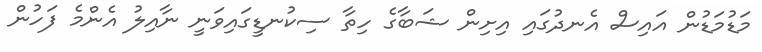
މަޑުމަޑުން އައިސް އެނދުގައި އިށިން ޝަބާގެ ހިތާ ސިކުނޑީގައިވަނީ ނާއިލު އެންމެ ފަހުން